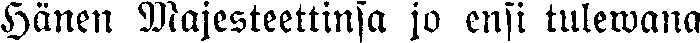
Hänen Majesteettinsa jo ensi tulewana